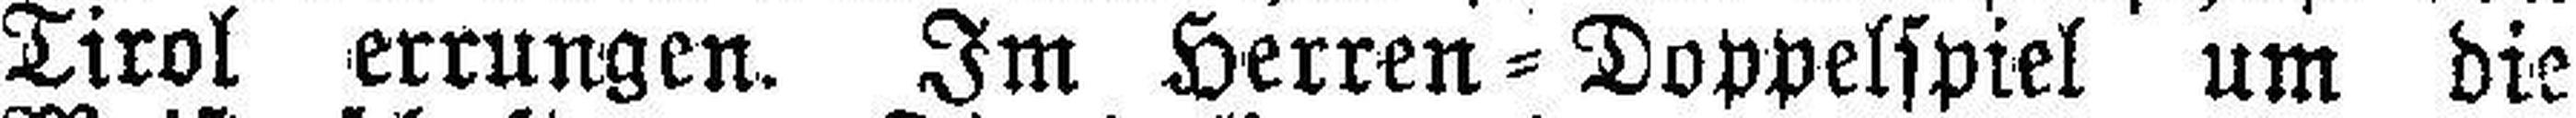
Tirol errungen. Im Herren=Doppelspiel um die